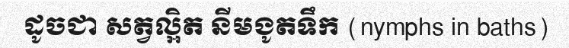
ដូចជា សត្វល្អិត នីមងូតទឹក (nymphs in baths)